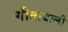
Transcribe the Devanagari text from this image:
गीताबाली